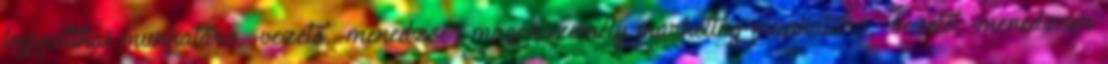
logisztikai munkatárs, -vezető, -menedzser magánszemély marketing munkatárs, -vezető, -menedzser